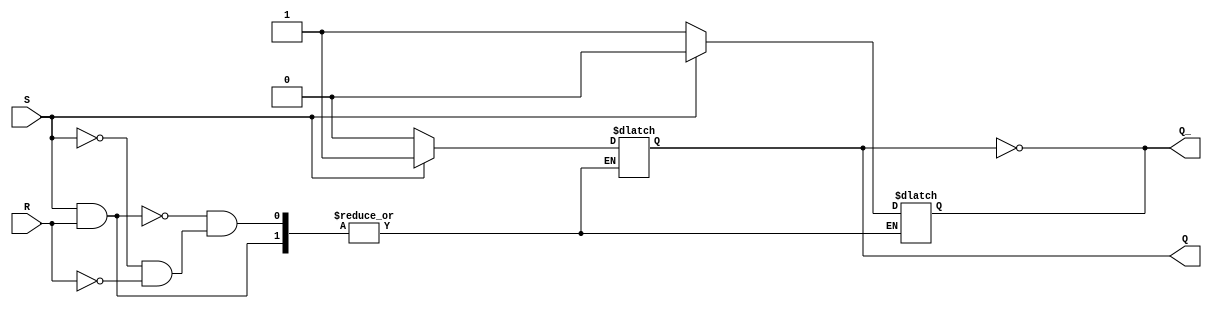
module sr_flip_flop (
    input wire S,  // Set input
    input wire R,  // Reset input
    output reg Q,  // Q output
    output reg Q_   // Q' output
);

// Additional logic to prevent both S and R being asserted simultaneously
always @ (S or R)
begin
    if (S && R)
        begin
            // Do nothing
        end
    else if (S)
        begin
            Q <= 1'b1;  // Q output goes high
            Q_ <= 1'b0;  // Q' output goes low
        end
    else if (R)
        begin
            Q <= 1'b0;  // Q output goes low
            Q_ <= 1'b1;  // Q' output goes high
        end
end

// Additional logic to ensure Q and Q' are always complementary
always @ (Q)
begin
    Q_ <= ~Q;  
end

endmodule